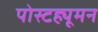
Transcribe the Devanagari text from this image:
पोस्टह्यूमन